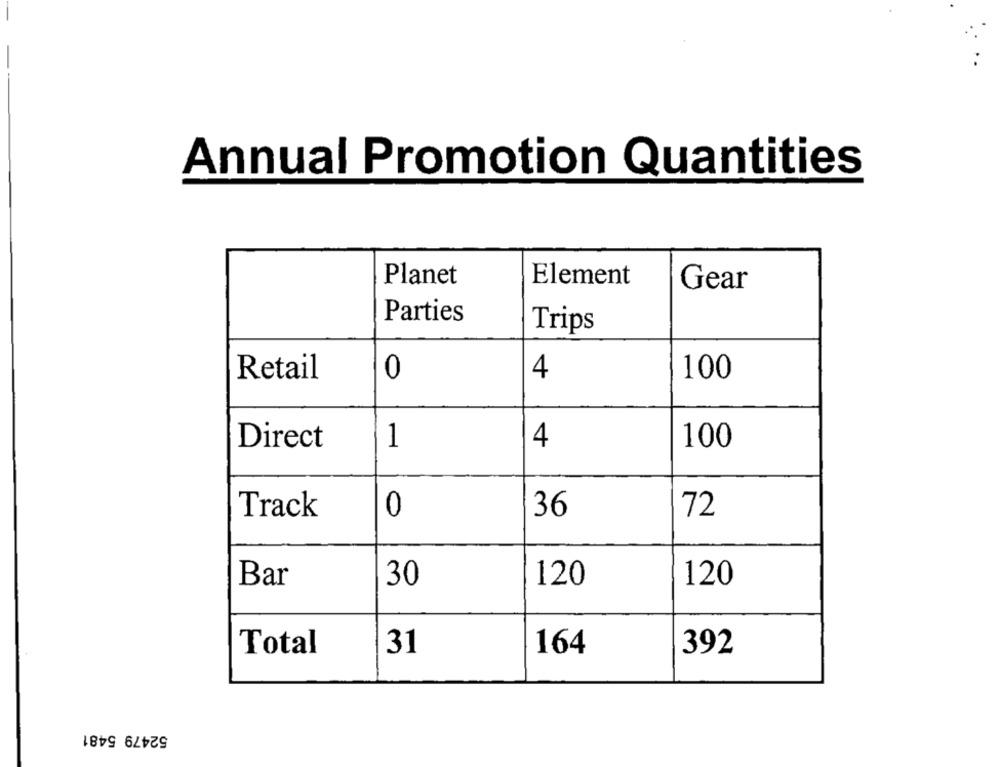
Annual Promotion Quantities
Planet
Element
Gear
Parties
Trips
Retail
0
4
100
Direct
1
4
100
Track
0
36
72
Bar
30
120
120
Total
31
164
392
52479 5481